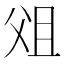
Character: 㸖